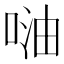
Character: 𠶢